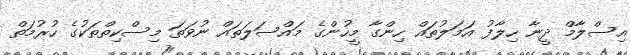
އިސްލާމް ދީނާ ހިލާފު އަމަލުތައް ހިންގާ މީހުންގެ މައްސަލަތައް ނުވަތަ މިސްކިތްތަކުގެ ހުރުމަތް